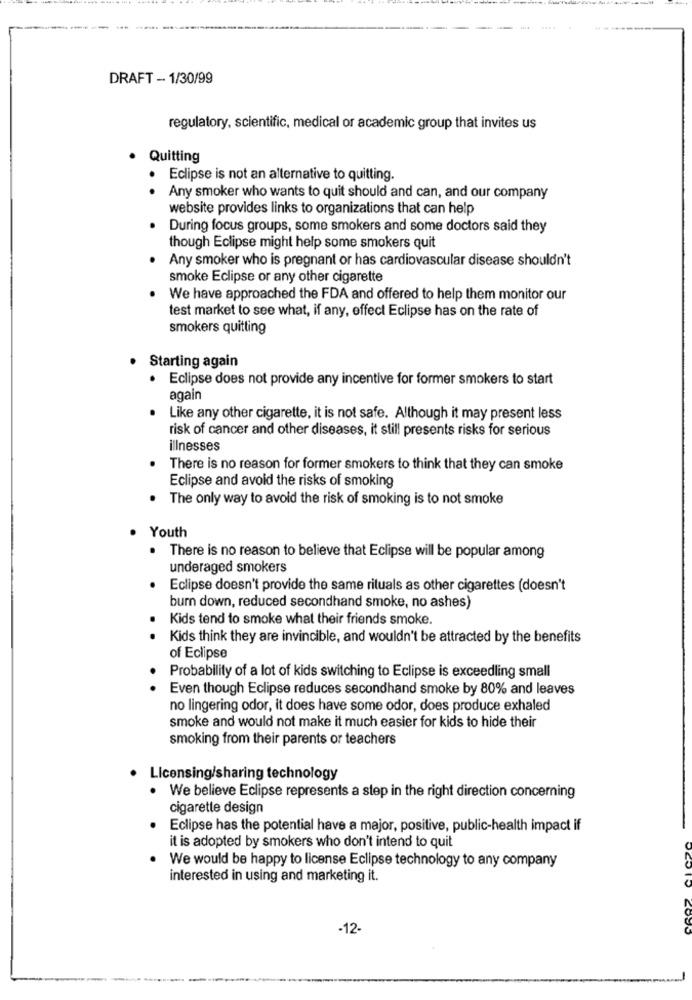
DRAFT - 1/30/99
regulatory, scientific, medical or academic group that invites us
Quitting
Eclipse is not an alternative to quitting.
.
Any smoker who wants to quit should and can, and our company
website provides links to organizations that can help
During focus groups, some smokers and some doctors said they
though Eclipse might help some smokers quit
Any smoker who is pregnant or has cardiovascular disease shouldn't
smoke Eclipse or any other cigarette
We have approached the FDA and offered to help them monitor our
test market to see what, if any, effect Eclipse has on the rate of
smokers quitting
Starting again
· Eclipse does not provide any incentive for former smokers to start
again
Like any other cigarette, it is not safe. Although it may present less
risk of cancer and other diseases, it still presents risks for serious
illnesses
There is no reason for former smokers to think that they can smoke
Eclipse and avoid the risks of smoking
.
The only way to avoid the risk of smoking is to not smoke
Youth
.
There is no reason to believe that Eclipse will be popular among
underaged smokers
Eclipse doesn't provide the same rituals as other cigarettes (doesn't
burn down, reduced secondhand smoke, no ashes)
Kids tend to smoke what their friends smoke.
.
Kids think they are invincible, and wouldn't be attracted by the benefits
of Eclipse
.
Probability of a lot of kids switching to Eclipse is exceedling small
Even though Eclipse reduces secondhand smoke by 80% and leaves
no lingering odor, it does have some odor, does produce exhaled
smoke and would not make it much easier for kids to hide their
smoking from their parents or teachers
Licensing/sharing technology
We believe Eclipse represents a step in the right direction concerning
cigarette design
Eclipse has the potential have a major, positive, public-health impact if
it is adopted by smokers who don't intend to quit
We would be happy to license Eclipse technology to any company
interested in using and marketing it.
-12-